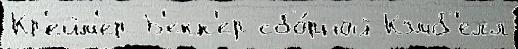
Кр'ейм'ер Б'екк'ер сбо́рной Кэмб'елл